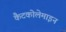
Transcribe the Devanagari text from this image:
कैटकोलेमाइन